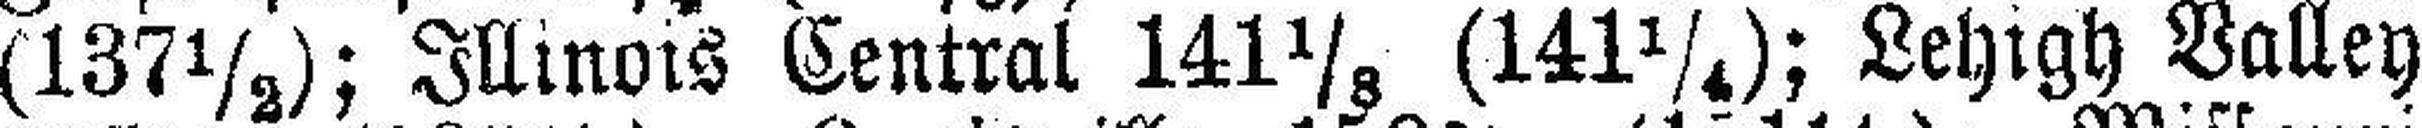
(137½); Illinois Central 141 1/8 (141¼); Lehigh Valley